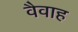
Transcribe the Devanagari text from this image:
वैवाह